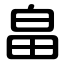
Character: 畠